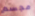
مجسم